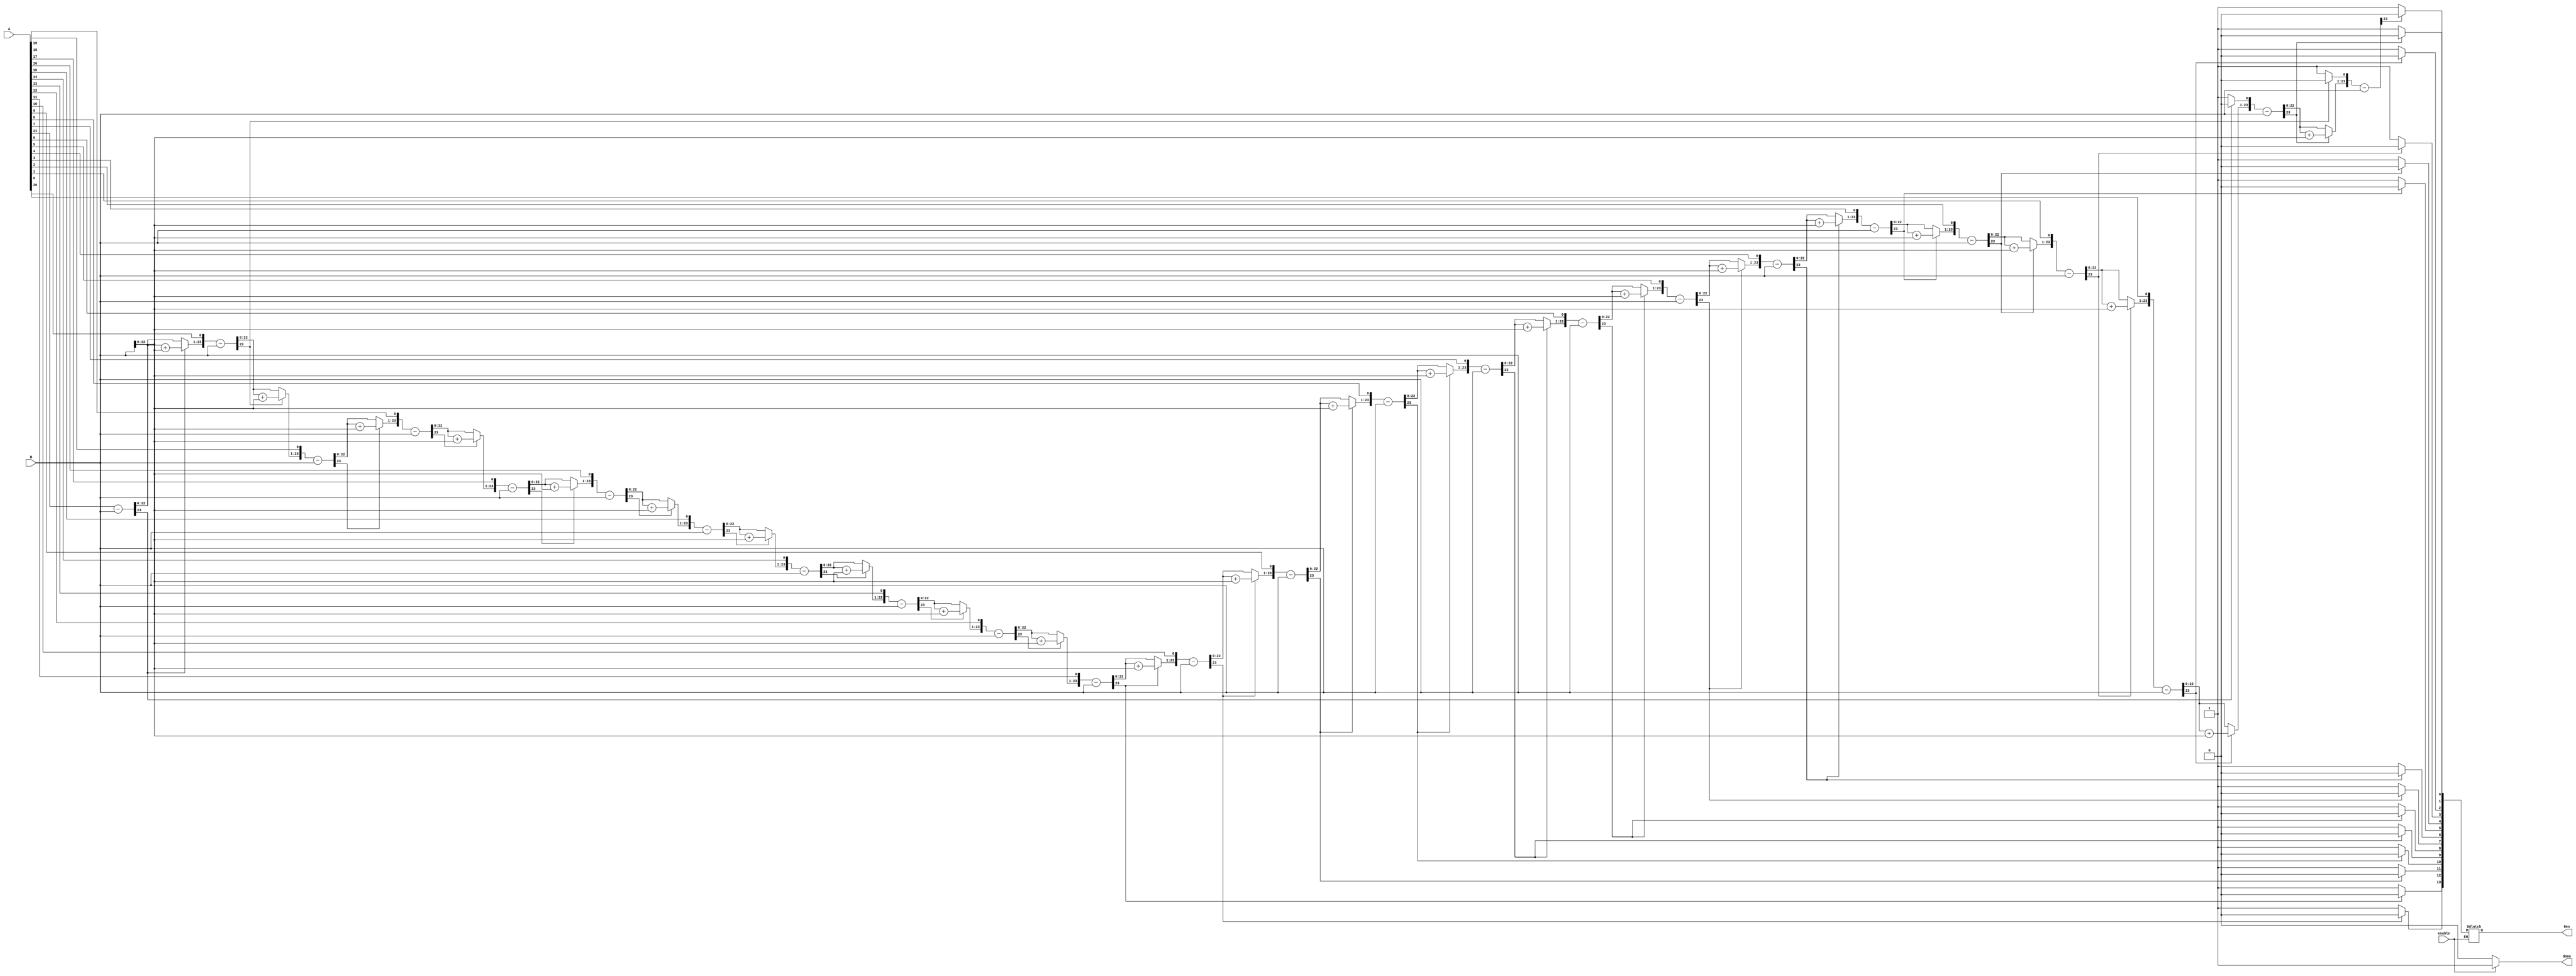
module division23(enable, A,B,Res, done);

    input enable;
    input [23:0] A;
    input [23:0] B;
    output reg [13:0] Res;
    output reg done;

    reg [23:0] a1,b1;
    reg [24:0] p1;
    integer i;

    always@ (A or B) begin
        if (enable) begin
            a1 = A;
            b1 = B;
            p1= 0;
            for(i=0;i < 24;i=i+1)    begin
                p1 = {p1[22:0],a1[21]};
                a1[23:1] = a1[22:0];
                p1 = p1-b1;
                if(p1[23] == 1)    begin
                    a1[0] = 0;
                    p1 = p1 + b1;
                end else begin
                    a1[0] = 1;
                end
            end
            Res = a1[13:0];
            done = 1'b1;
        end else begin
            done = 1'b0;
        end

    end

endmodule

module controller (enable, dout, din, adr, ren, wen, clk);

    output [30:0] dout;
    input [30:0] din;
    input [9:0] adr;
    input ren,wen,clk,enable;

    memory RAM(enable, dout, din, adr, ren, wen, clok);

endmodule // controller
module memory(enable, dout, din, adr, ren, wen, clok);
    output reg [30:0] dout;
    input [30:0] din;
    input [9:0] adr;
    input ren,wen,clok,enable;

    reg [30:0]storage[0:1000];

    always @ (posedge clok) begin
        if (enable) begin
            if (adr > 10'd1000) begin
                //do nothing
            end else if (ren == 1'd1 && wen == 1'd0) begin
                dout = storage[adr];
            end else if (ren == 1'd0 && wen == 1'd1) begin
                storage[adr] = din;
            end else begin
                //if ren and wen are the same do nothing
            end
        end

    end
endmodule // memory

module euclidean(data_x,data_y,centroid_x,centroid_y,enable,clk,dis);
    input enable;
    input clk;
    input [13:0] data_x,data_y,centroid_x,centroid_y;
    reg [13:0] diff_x,diff_y;
    wire [27:0] sqr_x,sqr_y;
    output reg [27:0] dis;
    reg [13:0] TEMP_X,TEMP_Y;
    reg [13:0]temp_x, temp_y;

    mymult14 mul_x(diff_x,diff_x,sqr_x);
    mymult14 mul_y(diff_y,diff_y,sqr_y);

    always@(*)
    begin

        temp_x = centroid_x;
        temp_y = centroid_y;
        TEMP_X = data_x;
        TEMP_Y = data_y;


        diff_x = TEMP_X - temp_x;
        diff_y = TEMP_Y - temp_y;

        dis = sqr_x + sqr_y;

       end

endmodule


module mymult14(A,B,AmulB );
input [13:0] A;
input [13:0] B;
output reg [27:0] AmulB;


reg [27:0] R;
reg [13:0] C;
reg [13:0] D;
reg [25:0] Y;   //  used in intermediate steps to store the arithmetic shift left of C
reg [25:0] M;   // used in intermediate steps to do arithmetic left shift of C
integer n;        //  used to arithmetic left shift a particular number number n times
integer k;     // k is used to traverse from 0th bit to the MSB of a particular number
integer i;
always@(*)
begin

    n=1'b0;
    k=1'b0;
    i=1'b0;
    C = A;  // multiplicand
    D = B;   //say multiplier
    Y = {14'b0,A};  // appended 14 0's to get 28 bits length
    M = {14'b0,A};  // just another reg same as the above
    R = 28'd0;              //  final product of multiplicand and multiplier stored in R reg
    for(i=0;i<14;i=i+1) // loop running 14 times
    begin
        if(D[k]==0)         // if the Kth bit of multiplier is 0,first increment n and then take R as R + 28'd0
        begin
            n = n+1;
            R = R + 28'd0;
            k = k+1;
        end
        else if(D[k]==1)    // if Kth bit of multiplier is 1, then the multiplicand is arithmetic left shifted n times and added to R
        begin
            n = n+1;
            Y=M<<<n;
            R = R+ Y;
            k = k+1;
        end
        else if(k==0 && D[k]==1)  // if K==0 and and Kth bit of multiplier is 1 , no n increment here,hence no need of arithmetic left shift and add Y to the R
        begin
            Y=M<<<n;
            R = R+Y;
            k = k+1;
        end
        else if(k==0 && D[k]==0)  // if K==0 and Kth bit of multiplier is 0, then no n increment here,just add the 28 0's to the R
        begin
            R = R + 28'd0;
            k = k+1;
        end
    end

       AmulB = R;
end
endmodule //mymult14

module assign_cluster (enable, clk, cluster_A_x, cluster_A_y, cluster_B_x, cluster_B_y, cluster_C_x, cluster_C_y, cluster_D_x, cluster_D_y, cluster_E_x, cluster_E_y, done);
    input enable, clk;
    input [13:0] cluster_A_x, cluster_A_y, cluster_B_x, cluster_B_y, cluster_C_x, cluster_C_y, cluster_D_x, cluster_D_y, cluster_E_x, cluster_E_y;
    output reg done;

    reg [9:0] address = 10'd0;
    reg rwen = 1'b1;
    reg [30:0] mem_write;
    reg [13:0]temp_X, temp_Y;
    reg [2:0]cluster;
    wire [27:0] disA, disB, disC, disD, disE;
    wire [30:0] mem_read;


    euclidean A_cluster(temp_X,temp_Y,cluster_A_x, cluster_A_y,enable,clk,disA);
    euclidean B_cluster(temp_X,temp_Y,cluster_B_x, cluster_B_y,enable,clk,disB);
    euclidean C_cluster(temp_X,temp_Y,cluster_C_x, cluster_C_y,enable,clk,disC);
    euclidean D_cluster(temp_X,temp_Y,cluster_D_x, cluster_D_y,enable,clk,disD);
    euclidean E_cluster(temp_X,temp_Y,cluster_E_x, cluster_E_y,enable,clk,disE);
    controller asgn_cluster(enable, mem_read, mem_write, address, rwen, ~rwen, clk);
    always @ (posedge clk) begin                                                // find the centroid which is closests and assign that cluster to the point
        if (enable) begin
            temp_X = mem_read[30:17];
            temp_Y = mem_read[16:3];
            cluster = mem_read[2:0];
            if (disA < disB && disA < disC && disA < disD && disA < disE) begin
                cluster = 3'd0;
                mem_write = {temp_X, temp_Y, cluster};
                rwen = 1'b0;
            end else if (disB < disC && disB < disD && disB < disE) begin
                cluster = 3'd1;
                mem_write = {temp_X, temp_Y, cluster};
                rwen = 1'b0;
            end else if (disC < disD && disC < disE) begin
                cluster = 3'd2;
                mem_write = {temp_X, temp_Y, cluster};
                rwen = 1'b0;
            end else if (disD < disE) begin
                cluster = 3'd3;
                mem_write = {temp_X, temp_Y, cluster};
                rwen = 1'b0;
            end else begin
                cluster = 3'd4;
                mem_write = {temp_X, temp_Y, cluster};
                rwen = 1'b0;
            end
            rwen = 1'b1;
            address = address + 10'd1;
            if (address == address == 10'd1001) begin
                done = 1'b1;
            end
        end else begin                                                          // when enable is low we reset
            address = 10'd0;
            done = 1'b0;
        end
    end

endmodule // assign_cluster

module get_sum(enable, clk, A_sum_x, B_sum_x, C_sum_x, D_sum_x, E_sum_x, A_sum_y, B_sum_y, C_sum_y, D_sum_y, E_sum_y, A_count, B_count, C_count, D_count, E_count,addition_done);
    input enable, clk;
    output reg[23:0] A_sum_x = 24'd0, B_sum_x = 24'd0, C_sum_x = 24'd0, D_sum_x = 24'd0, E_sum_x = 24'd0;
    output reg[23:0] A_sum_y = 24'd0, B_sum_y = 24'd0, C_sum_y = 24'd0, D_sum_y = 24'd0, E_sum_y = 24'd0;                            //the sum is 24 bits long to account for overflow.
    output reg[13:0] A_count = 14'd0, B_count = 14'd0, C_count = 14'd0, D_count = 14'd0, E_count = 14'd0;
    output reg addition_done = 1'b0;

    reg [13:0]temp_X, temp_Y;
    reg [2:0]cluster;
    wire [30:0] mem_read;
    reg [9:0] address = 10'd0;
    reg tmp;

    controller g_sum(enable, mem_read, 31'd0, address, 1'b1, 1'b0, clk);
    always @ (mem_read) begin                                                   // this always block will run when mem_read changes
        if (enable) begin
            temp_X = mem_read[30:17];
            temp_Y = mem_read[16:3];
            cluster = mem_read[2:0];
            case (cluster)
                3'd0: begin
                    A_sum_x = A_sum_x + temp_X;
                    A_sum_y = A_sum_y + temp_Y;
                    A_count = A_count + 14'd1;
                end
                3'd1: begin
                    B_sum_x = B_sum_x + temp_X;
                    B_sum_y = B_sum_y + temp_Y;
                    B_count = B_count + 14'd1;
                end
                3'd2: begin
                    C_sum_x = C_sum_x + temp_X;
                    C_sum_y = C_sum_y + temp_Y;
                    C_count = C_count + 14'd1;
                end
                3'd3: begin
                    D_sum_x = D_sum_x + temp_X;
                    D_sum_y = D_sum_y + temp_Y;
                    D_count = D_count + 14'd1;
                end
                3'd4: begin
                    E_sum_x = E_sum_x + temp_X;
                    E_sum_y = E_sum_y + temp_Y;
                    E_count = E_count + 14'd1;
                end
                default: begin
                    tmp = 0;
                end

            endcase
            address = address + 10'd1;
            if (address == 10'd1001) begin
                addition_done = 1'b1;
            end
        end else begin
            addition_done = 1'b0;
        end

    end
endmodule // get_sum

module kmeans (enable, clk);
    input enable, clk;

    wire [13:0] Cluster_A_x = 14'd0, Cluster_A_y = 14'd0, Cluster_B_x = 14'd0, Cluster_B_y = 14'd10000, Cluster_C_x = 14'd10000, Cluster_C_y = 14'd0, Cluster_D_x = 14'd10000, Cluster_D_y = 14'd10000, Cluster_E_x = 14'd5000, Cluster_E_y = 14'd5000;
    reg assign_enable, sum_enable, update_enable, update_done;
    wire upd_clus_dne_Ax,upd_clus_dne_Bx,upd_clus_dne_Cx,upd_clus_dne_Dx,upd_clus_dne_Ex, upd_clus_dne_Ay,upd_clus_dne_By,upd_clus_dne_Cy,upd_clus_dne_Dy,upd_clus_dne_Ey;
    wire [23:0] A_sum_X, B_sum_X, C_sum_X, D_sum_X, E_sum_X, A_sum_Y, B_sum_Y, C_sum_Y, D_sum_Y, E_sum_Y;
    wire [13:0] A_Count, B_Count, C_Count, D_Count, E_Count;
    wire assign_done, sum_done;
    integer i;

    assign_cluster cluster(assign_enable, clk, Cluster_A_x, Cluster_A_y, Cluster_B_x, Cluster_B_y, Cluster_C_x, Cluster_C_y, Cluster_D_x, Cluster_D_y, Cluster_E_x, Cluster_E_y, assign_done);

    get_sum sum(sum_enable, clk, A_sum_X, B_sum_X, C_sum_X, D_sum_X, E_sum_X, A_sum_Y, B_sum_Y, C_sum_Y, D_sum_Y, E_sum_Y, A_Count, B_Count, C_Count, D_Count, E_Count,sum_done);

    division23 update_clusterAx(update_enable, A_sum_X, {10'd0,A_Count}, Cluster_A_x, upd_clus_dne_Ax);
    division23 update_clusterAy(update_enable, A_sum_Y, {10'd0,A_Count}, Cluster_A_y, upd_clus_dne_Ay);
    division23 update_clusterBx(update_enable, B_sum_X, {10'd0,B_Count}, Cluster_B_x, upd_clus_dne_Bx);
    division23 update_clusterBy(update_enable, B_sum_Y, {10'd0,B_Count}, Cluster_B_y, upd_clus_dne_By);
    division23 update_clusterCx(update_enable, C_sum_X, {10'd0,C_Count}, Cluster_C_x, upd_clus_dne_Cx);
    division23 update_clusterCy(update_enable, C_sum_Y, {10'd0,C_Count}, Cluster_C_y, upd_clus_dne_Cy);
    division23 update_clusterDx(update_enable, D_sum_X, {10'd0,D_Count}, Cluster_D_x, upd_clus_dne_Dx);
    division23 update_clusterDy(update_enable, D_sum_Y, {10'd0,D_Count}, Cluster_D_y, upd_clus_dne_Dy);
    division23 update_clusterEx(update_enable, E_sum_X, {10'd0,E_Count}, Cluster_E_x, upd_clus_dne_Ex);
    division23 update_clusterEy(update_enable, E_sum_Y, {10'd0,E_Count}, Cluster_E_y, upd_clus_dne_Ey);

    always @ ( * ) begin                                                        // this always block sets the sequence in wich the modules will work. and resets when enable is low.
        if (enable) begin
            if (assign_done) begin
                assign_enable = 1'b0;
                sum_enable = 1'b1;
            end
            if (sum_done) begin
                sum_enable = 1'b0;
                update_enable = 1'b1;
            end
            if (upd_clus_dne_Ax == 1'b1 && upd_clus_dne_Bx == 1'b1 && upd_clus_dne_Cx == 1'b1 && upd_clus_dne_Dx == 1'b1 && upd_clus_dne_Ex == 1'b1 && upd_clus_dne_Ay == 1'b1 && upd_clus_dne_By == 1'b1 && upd_clus_dne_Cy == 1'b1 && upd_clus_dne_Dy == 1'b1 && upd_clus_dne_Ey == 1'b1) begin
                update_done = 1'b1;
            end
            if(update_done) begin
                update_enable = 1'b0;
            end
        end else begin
            assign_enable = 1'b0;
            sum_enable = 1'b0;
            update_enable = 1'b0;
        end
    end
    always @ ( posedge enable ) begin                                           // when enable goes high assign enable also goes high
        assign_enable = 1'b1;
    end
    always @ ( * ) begin                                                        // in this always block the loop is set such the the secquence of moules work more than once to get more accurate result
        if (enable) begin
            for(i=0;i<10;i=i+1) begin
                if (update_done) begin
                    assign_enable = 1'b1;
                end
            end
        end

    end

endmodule // kmeans